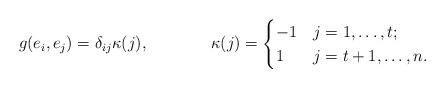
LaTeX: \begin{align*}g(e_i,e_j) &= \delta_{ij}\kappa(j) , & \kappa(j) &= \begin{cases}-1 & j=1,\ldots,t;\\ 1 & j=t+1,\ldots,n. \end{cases}\end{align*}